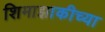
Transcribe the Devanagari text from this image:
शिमाझाकीच्या